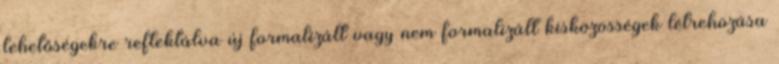
lehetőségekre reflektálva új formalizált vagy nem formalizált kisközösségek létrehozása